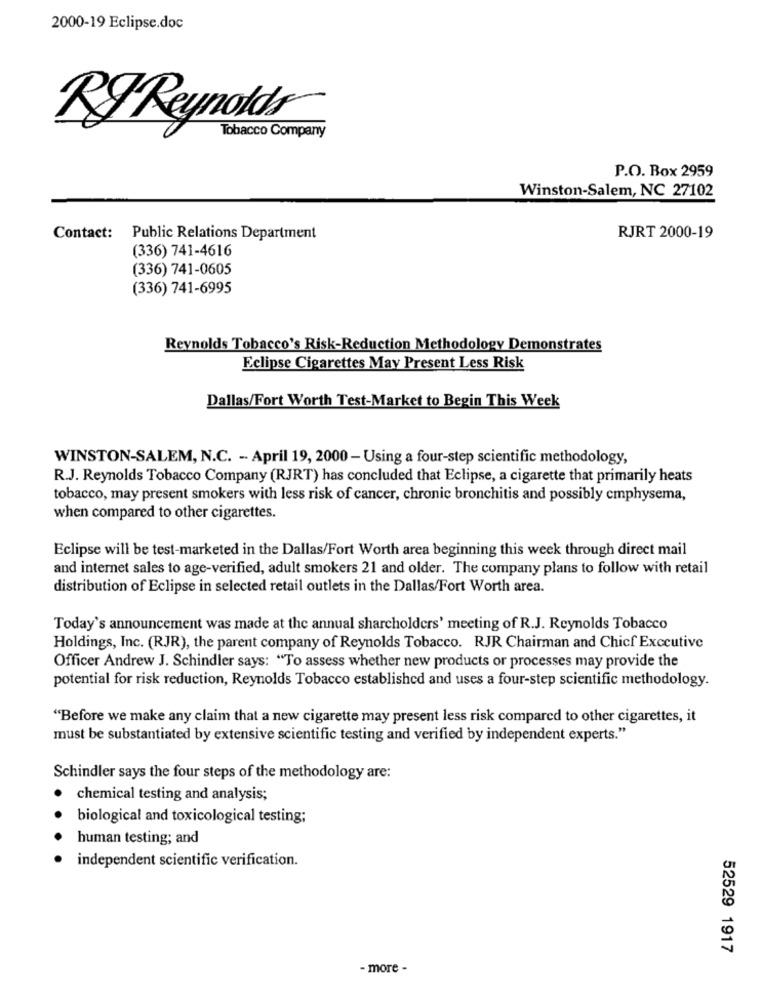
2000-19 Eclipse.doc
RJ Reynolds
Tobacco Company
P.O. Box 2959
Winston-Salem, NC 27102
Contact: Public Relations Department
RJRT 2000-19
(336) 741-4616
(336) 741-0605
(336) 741-6995
Reynolds Tobacco's Risk-Reduction Methodology Demonstrates
Eclipse Cigarettes May Present Less Risk
Dallas/Fort Worth Test-Market to Begin This Week
WINSTON-SALEM, N.C. - April 19, 2000 - Using a four-step scientific methodology,
R.J. Reynolds Tobacco Company (RJRT) has concluded that Eclipse, a cigarette that primarily heats
tobacco, may present smokers with less risk of cancer, chronic bronchitis and possibly emphysema,
when compared to other cigarettes.
Eclipse will be test-marketed in the Dallas/Fort Worth area beginning this week through direct mail
and internet sales to age-verified, adult smokers 21 and older. The company plans to follow with retail
distribution of Eclipse in selected retail outlets in the Dallas/Fort Worth area.
Today's announcement was made at the annual sharcholders' meeting of R.J. Reynolds Tobacco
Holdings, Inc. (RJR), the parent company of Reynolds Tobacco. RJR Chairman and Chief Executive
Officer Andrew J. Schindler says: "To assess whether new products or processes may provide the
potential for risk reduction, Reynolds Tobacco established and uses a four-step scientific methodology.
"Before we make any claim that a new cigarette may present less risk compared to other cigarettes, it
must be substantiated by extensive scientific testing and verified by independent experts."
Schindler says the four steps of the methodology are:
chemical testing and analysis;
.
biological and toxicological testing;
human testing; and
independent scientific verification.
52529 1917
- more -